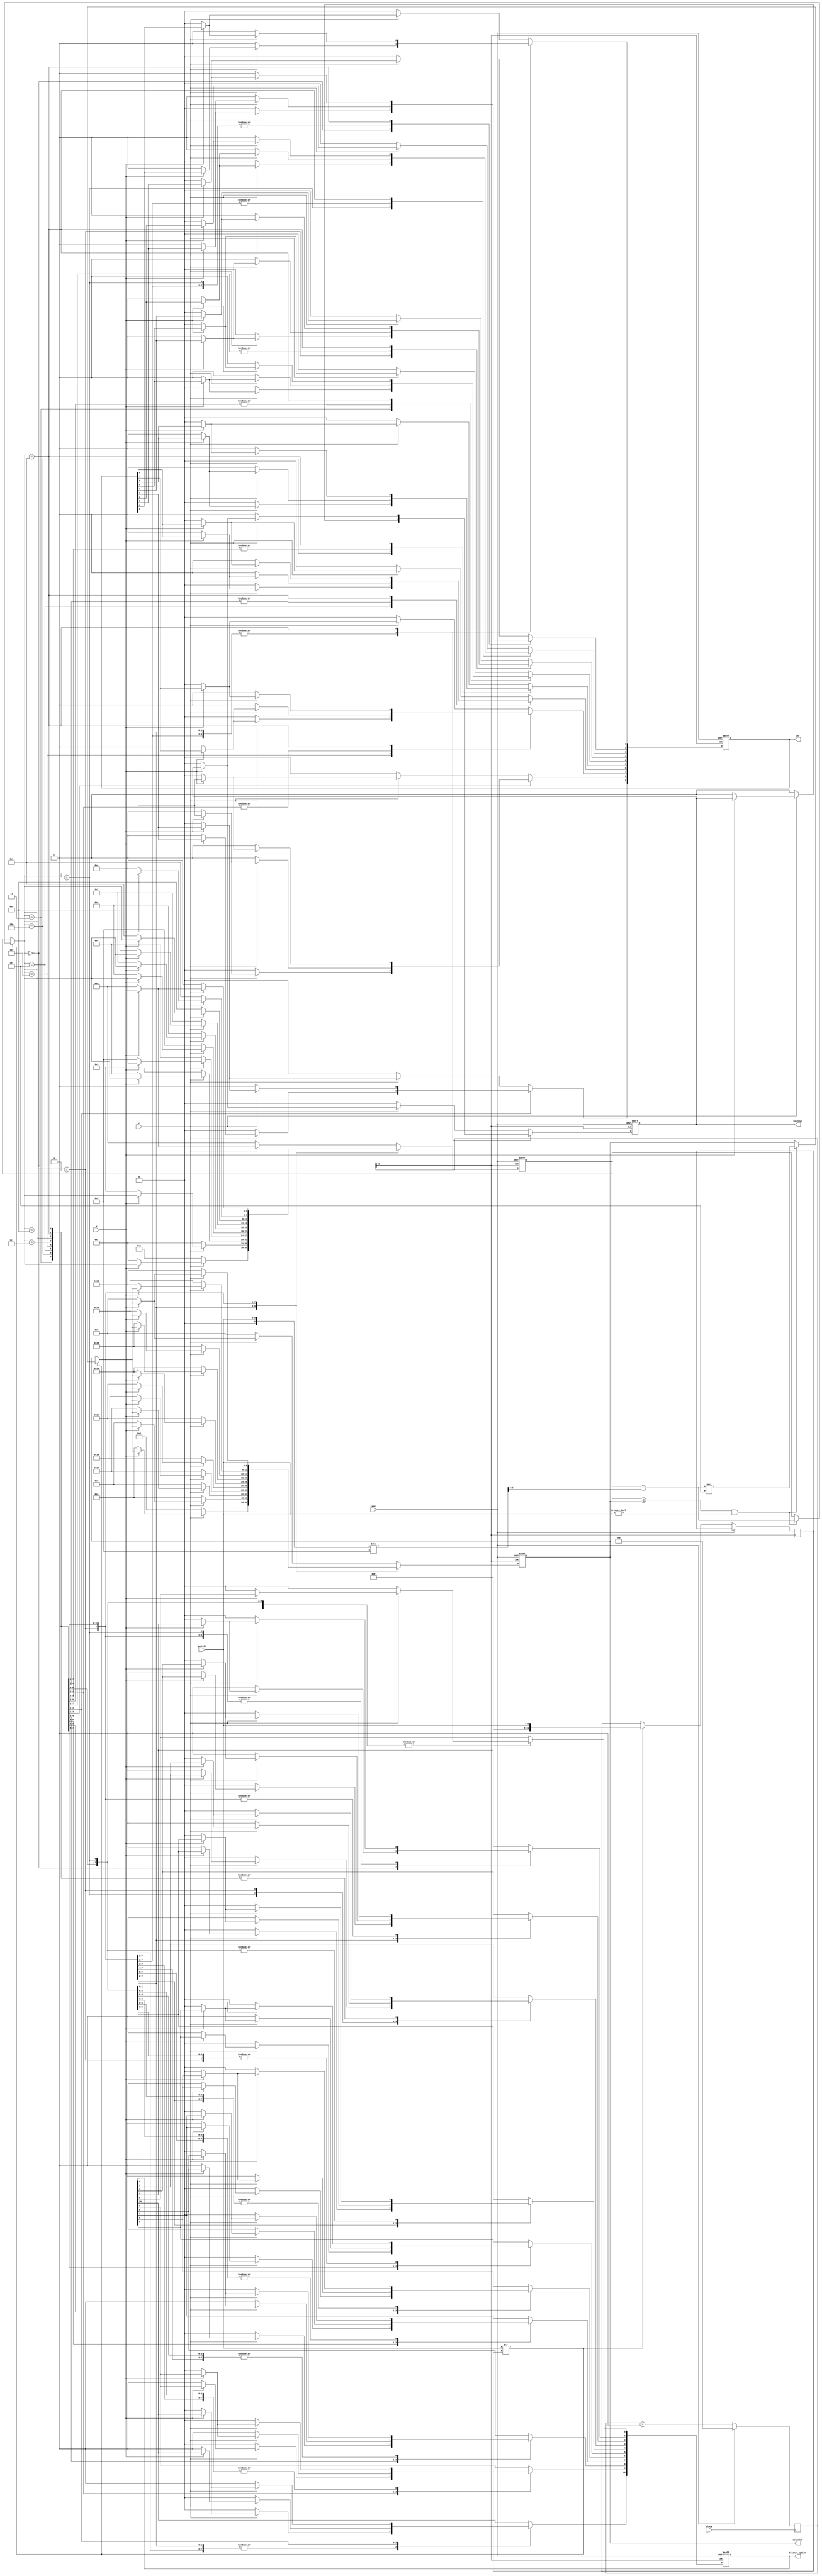
module controle_de_saldo (c, u, clock, reset, gastoIn,
						        sucesso, led, saldoOut, balance_option);

	input c, u;
	input clock, reset;
	wire clock_out;

	input [5:0] gastoIn;
	integer aux = 0, aux2 = 0;
	
	output reg [5:0] saldoOut;
	output reg [9:0] led;
	output reg sucesso;
	output reg [10:0] balance_option;

	// Variaveis
	reg [3:0] estado_atual;
	reg [32:0] counter;

	parameter s0 = 0, s50 = 1, s100 = 2, s150 = 3, s200 = 4, s250 = 5, s300 = 6, s350 = 7, s400 = 8, s450 = 9, s500 = 10;
	
	always @(posedge clock) begin
		if (reset)
			counter <= 'd0;
		else
		   counter <= counter + 1;
	end 
	
	assign clock_out = counter[23];
	
	always @ (posedge clock_out, posedge reset) begin // sm mealy
		if (reset) begin
			estado_atual <= s0;
			led[9:0] <= 0;
			saldoOut <= 0;
			sucesso <= 0;
			balance_option[0] <= 0;
			balance_option[1] <= 0;
			balance_option[2] <= 0;
			balance_option[3] <= 0;
			balance_option[4] <= 0;
			balance_option[5] <= 0;
			balance_option[6] <= 0;
			balance_option[7] <= 0;
			balance_option[8] <= 0;
			balance_option[9] <= 0;
			balance_option[10] <= 0;
		end
		else begin
			if(gastoIn != aux) begin
				aux = gastoIn;
				if(aux <= saldoOut && aux != 0) begin
					aux2 = aux / 5;
					aux = estado_atual - aux2;
					estado_atual = aux;
					saldoOut = estado_atual * 5;
					aux = gastoIn;
				end
				else begin
				end
			end 
			else begin
			end
			
			case (estado_atual)
				s0: begin
					if (~c) begin
						estado_atual <= s50;
						saldoOut <= 5;
						led[0] <= 1;
						led[9:1] <= 0;
						sucesso <= 1;
						balance_option[0] <= 0;
						balance_option[1] <= 1;
						balance_option[2] <= 0;
						balance_option[3] <= 0;
						balance_option[4] <= 0;
						balance_option[5] <= 0;
						balance_option[6] <= 0;
						balance_option[7] <= 0;
						balance_option[8] <= 0;
						balance_option[9] <= 0;
						balance_option[10] <= 0;
					end
					else if (~u) begin
						estado_atual <= s100;
						saldoOut <= 10;
						led[0] <= 1;
						led[1] <= 1;
						led[9:2] <= 0;
						sucesso <= 1;
						balance_option[0] <= 0;
						balance_option[1] <= 0;
						balance_option[2] <= 1;
						balance_option[3] <= 0;
						balance_option[4] <= 0;
						balance_option[5] <= 0;
						balance_option[6] <= 0;
						balance_option[7] <= 0;
						balance_option[8] <= 0;
						balance_option[9] <= 0;
						balance_option[10] <= 0;
					end
					else begin
					end
				end
				s50: begin
					if (~c) begin
						estado_atual <= s100;
						saldoOut <= 10;
						led[0] <= 1;
						led[1] <= 1;
						led[9:2] <= 0;
						sucesso <= 1;
						balance_option[0] <= 0;
						balance_option[1] <= 0;
						balance_option[2] <= 1;
						balance_option[3] <= 0;
						balance_option[4] <= 0;
						balance_option[5] <= 0;
						balance_option[6] <= 0;
						balance_option[7] <= 0;
						balance_option[8] <= 0;
						balance_option[9] <= 0;
						balance_option[10] <= 0;
					end
					else if (~u) begin
						estado_atual <= s150;
						saldoOut <= 15;
						led[0] <= 1;
						led[1] <= 1;
						led[2] <= 1;
						led[9:3] <= 0;
						sucesso <= 1;
						balance_option[0] <= 0;
						balance_option[1] <= 0;
						balance_option[2] <= 0;
						balance_option[3] <= 1;
						balance_option[4] <= 0;
						balance_option[5] <= 0;
						balance_option[6] <= 0;
						balance_option[7] <= 0;
						balance_option[8] <= 0;
						balance_option[9] <= 0;
						balance_option[10] <= 0;
					end
					else begin
					end
				end
				s100: begin
					if (~c) begin
						estado_atual <= s150;
						saldoOut <= 15;
						sucesso <= 1;
						led[0] <= 1;
						led[1] <= 1;
						led[2] <= 1;
						led[9:3] <= 0;
						balance_option[0] <= 0;
						balance_option[1] <= 0;
						balance_option[2] <= 0;
						balance_option[3] <= 1;
						balance_option[4] <= 0;
						balance_option[5] <= 0;
						balance_option[6] <= 0;
						balance_option[7] <= 0;
						balance_option[8] <= 0;
						balance_option[9] <= 0;
						balance_option[10] <= 0;
					end
					else if (~u) begin
						estado_atual <= s200;
						saldoOut <= 20;
						led[0] <= 1;
						led[1] <= 1;
						led[2] <= 1;
						led[3] <= 1;
						led[9:4] <= 0;
						sucesso <= 1;
						balance_option[0] <= 0;
						balance_option[1] <= 0;
						balance_option[2] <= 0;
						balance_option[3] <= 0;
						balance_option[4] <= 1;
						balance_option[5] <= 0;
						balance_option[6] <= 0;
						balance_option[7] <= 0;
						balance_option[8] <= 0;
						balance_option[9] <= 0;
						balance_option[10] <= 0;
					end
					else begin
					end
				end
				s150: begin
					if (~c) begin
						estado_atual <= s200;
						saldoOut <= 20;
						led[0] <= 1;
						led[1] <= 1;
						led[2] <= 1;
						led[3] <= 1;
						led[9:4] <= 0;
						sucesso <= 1;
						balance_option[0] <= 0;
						balance_option[1] <= 0;
						balance_option[2] <= 0;
						balance_option[3] <= 0;
						balance_option[4] <= 1;
						balance_option[5] <= 0;
						balance_option[6] <= 0;
						balance_option[7] <= 0;
						balance_option[8] <= 0;
						balance_option[9] <= 0;
						balance_option[10] <= 0;
					end
					else if (~u) begin
						estado_atual <= s250;
						saldoOut <= 25;
						led[0] <= 1;
						led[1] <= 1;
						led[2] <= 1;
						led[3] <= 1;
						led[4] <= 1;
						led[9:5] <= 0;
						sucesso <= 1;
						balance_option[0] <= 0;
						balance_option[1] <= 0;
						balance_option[2] <= 0;
						balance_option[3] <= 0;
						balance_option[4] <= 0;
						balance_option[5] <= 1;
						balance_option[6] <= 0;
						balance_option[7] <= 0;
						balance_option[8] <= 0;
						balance_option[9] <= 0;
						balance_option[10] <= 0;
					end
					else begin
					end
				end
				s200: begin
					if (~c) begin
						estado_atual <= s250;
						saldoOut <= 25;
						led[0] <= 1;
						led[1] <= 1;
						led[2] <= 1;
						led[3] <= 1;
						led[4] <= 1;
						led[9:5] <= 0;
						sucesso <= 1;
						balance_option[0] <= 0;
						balance_option[1] <= 0;
						balance_option[2] <= 0;
						balance_option[3] <= 0;
						balance_option[4] <= 0;
						balance_option[5] <= 1;
						balance_option[6] <= 0;
						balance_option[7] <= 0;
						balance_option[8] <= 0;
						balance_option[9] <= 0;
						balance_option[10] <= 0;
					end
					else if (~u) begin
						estado_atual <= s300;
						saldoOut <= 30;
						led[0] <= 1;
						led[1] <= 1;
						led[2] <= 1;
						led[3] <= 1;
						led[4] <= 1;
						led[5] <= 1;
						led[9:6] <= 0;
						sucesso <= 1;
						balance_option[0] <= 0;
						balance_option[1] <= 0;
						balance_option[2] <= 0;
						balance_option[3] <= 0;
						balance_option[4] <= 0;
						balance_option[5] <= 0;
						balance_option[6] <= 1;
						balance_option[7] <= 0;
						balance_option[8] <= 0;
						balance_option[9] <= 0;
						balance_option[10] <= 0;
					end
					else begin
					end
				end
				s250: begin
					if (~c) begin
						estado_atual <= s300;
						saldoOut <= 30;
						led[0] <= 1;
						led[1] <= 1;
						led[2] <= 1;
						led[3] <= 1;
						led[4] <= 1;
						led[5] <= 1;
						led[9:6] <= 0;
						sucesso <= 1;
						balance_option[0] <= 0;
						balance_option[1] <= 0;
						balance_option[2] <= 0;
						balance_option[3] <= 0;
						balance_option[4] <= 0;
						balance_option[5] <= 0;
						balance_option[6] <= 1;
						balance_option[7] <= 0;
						balance_option[8] <= 0;
						balance_option[9] <= 0;
						balance_option[10] <= 0;
					end
					else if (~u) begin
						estado_atual <= s350;
						saldoOut <= 35;
						led[0] <= 1;
						led[1] <= 1;
						led[2] <= 1;
						led[3] <= 1;
						led[4] <= 1;
						led[5] <= 1;
						led[6] <= 1;
						led[9:7] <= 0;
						sucesso <= 1;
						balance_option[0] <= 0;
						balance_option[1] <= 0;
						balance_option[2] <= 0;
						balance_option[3] <= 0;
						balance_option[4] <= 0;
						balance_option[5] <= 0;
						balance_option[6] <= 0;
						balance_option[7] <= 1;
						balance_option[8] <= 0;
						balance_option[9] <= 0;
						balance_option[10] <= 0;
					end
					else begin
					end
				end
				s300: begin
					if (~c) begin
						estado_atual <= s350;
						saldoOut <= 35;
						led[0] <= 1;
						led[1] <= 1;
						led[2] <= 1;
						led[3] <= 1;
						led[4] <= 1;
						led[5] <= 1;
						led[6] <= 1;
						led[9:7] <= 0;
						sucesso <= 1;
						balance_option[0] <= 0;
						balance_option[1] <= 0;
						balance_option[2] <= 0;
						balance_option[3] <= 0;
						balance_option[4] <= 0;
						balance_option[5] <= 0;
						balance_option[6] <= 0;
						balance_option[7] <= 1;
						balance_option[8] <= 0;
						balance_option[9] <= 0;
						balance_option[10] <= 0;
					end
					else if (~u) begin
						estado_atual <= s400;
						saldoOut <= 40;
						led[0] <= 1;
						led[1] <= 1;
						led[2] <= 1;
						led[3] <= 1;
						led[4] <= 1;
						led[5] <= 1;
						led[6] <= 1;
						led[7] <= 1;
						led[9:8] <= 0;
						sucesso <= 1;
						balance_option[0] <= 0;
						balance_option[1] <= 0;
						balance_option[2] <= 0;
						balance_option[3] <= 0;
						balance_option[4] <= 0;
						balance_option[5] <= 0;
						balance_option[6] <= 0;
						balance_option[7] <= 0;
						balance_option[8] <= 1;
						balance_option[9] <= 0;
						balance_option[10] <= 0;
					end
					else begin
					end
				end
				s350: begin
					if (~c) begin
						estado_atual <= s400;
						saldoOut <= 40;
						led[0] <= 1;
						led[1] <= 1;
						led[2] <= 1;
						led[3] <= 1;
						led[4] <= 1;
						led[5] <= 1;
						led[6] <= 1;
						led[7] <= 1;
						led[9:8] <= 0;
						sucesso <= 1;
						balance_option[0] <= 0;
						balance_option[1] <= 0;
						balance_option[2] <= 0;
						balance_option[3] <= 0;
						balance_option[4] <= 0;
						balance_option[5] <= 0;
						balance_option[6] <= 0;
						balance_option[7] <= 0;
						balance_option[8] <= 1;
						balance_option[9] <= 0;
						balance_option[10] <= 0;
					end
					else if (~u) begin
						estado_atual <= s450;
						saldoOut <= 45;
						led[0] <= 1;
						led[1] <= 1;
						led[2] <= 1;
						led[3] <= 1;
						led[4] <= 1;
						led[5] <= 1;
						led[6] <= 1;
						led[7] <= 1;
						led[8] <= 1;
						led[9] <= 0;
						sucesso <= 1;
						balance_option[0] <= 0;
						balance_option[1] <= 0;
						balance_option[2] <= 0;
						balance_option[3] <= 0;
						balance_option[4] <= 0;
						balance_option[5] <= 0;
						balance_option[6] <= 0;
						balance_option[7] <= 0;
						balance_option[8] <= 0;
						balance_option[9] <= 1;
						balance_option[10] <= 0;
					end
					else begin
					end
				end
				s400: begin
					if (~c) begin
						estado_atual <= s450;
						saldoOut <= 45;
						led[0] <= 1;
						led[1] <= 1;
						led[2] <= 1;
						led[3] <= 1;
						led[4] <= 1;
						led[5] <= 1;
						led[6] <= 1;
						led[7] <= 1;
						led[8] <= 1;
						led[9] <= 0;
						sucesso <= 1;
						balance_option[0] <= 0;
						balance_option[1] <= 0;
						balance_option[2] <= 0;
						balance_option[3] <= 0;
						balance_option[4] <= 0;
						balance_option[5] <= 0;
						balance_option[6] <= 0;
						balance_option[7] <= 0;
						balance_option[8] <= 0;
						balance_option[9] <= 1;
						balance_option[10] <= 0;
					end
					else if (~u) begin
						estado_atual <= s500;
						saldoOut <= 50;
						led[0] <= 1;
						led[1] <= 1;
						led[2] <= 1;
						led[3] <= 1;
						led[4] <= 1;
						led[5] <= 1;
						led[6] <= 1;
						led[7] <= 1;
						led[8] <= 1;
						led[9] <= 1;
						sucesso <= 1;
						balance_option[0] <= 0;
						balance_option[1] <= 0;
						balance_option[2] <= 0;
						balance_option[3] <= 0;
						balance_option[4] <= 0;
						balance_option[5] <= 0;
						balance_option[6] <= 0;
						balance_option[7] <= 0;
						balance_option[8] <= 0;
						balance_option[9] <= 0;
						balance_option[10] <= 1;
					end
					else begin
					end
				end
				s450: begin
					if (~c) begin
						estado_atual <= s500;
						saldoOut <= 50;
						led[0] <= 1;
						led[1] <= 1;
						led[2] <= 1;
						led[3] <= 1;
						led[4] <= 1;
						led[5] <= 1;
						led[6] <= 1;
						led[7] <= 1;
						led[8] <= 1;
						led[9] <= 1;
						sucesso <= 1;
						balance_option[0] <= 0;
						balance_option[1] <= 0;
						balance_option[2] <= 0;
						balance_option[3] <= 0;
						balance_option[4] <= 0;
						balance_option[5] <= 0;
						balance_option[6] <= 0;
						balance_option[7] <= 0;
						balance_option[8] <= 0;
						balance_option[9] <= 0;
						balance_option[10] <= 1;
					end
					else if (~u) begin
						estado_atual <= s0;
						saldoOut <= 0;
						led[0] <= 0;
						led[1] <= 0;
						led[2] <= 0;
						led[3] <= 0;
						led[4] <= 0;
						led[5] <= 0;
						led[6] <= 0;
						led[7] <= 0;
						led[8] <= 0;
						led[9] <= 0;
						sucesso <= 0;
						balance_option[0] <= 0;
						balance_option[1] <= 0;
						balance_option[2] <= 0;
						balance_option[3] <= 0;
						balance_option[4] <= 0;
						balance_option[5] <= 0;
						balance_option[6] <= 0;
						balance_option[7] <= 0;
						balance_option[8] <= 0;
						balance_option[9] <= 0;
						balance_option[10] <= 0;
					end
					else begin
					end
				end
				default: begin
					$display("default saldoOut");
					if (~c) begin
						estado_atual <= s0;
						saldoOut <= 0;
						led[9:0] <= 0;
						sucesso <= 0;
					end
					else if (~u) begin
						estado_atual <= s0;
						saldoOut <= 0;
						led[9:0] <= 0;
						sucesso <= 0;
					end
					else begin
					end
				end
			endcase
		end
	end
endmodule